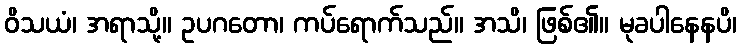
ဝိသယံ၊ အရာသို့။ ဥပဂတော၊ ကပ်ရောက်သည်။ အသိ၊ ဖြစ်၏။ မုခပါနေနပိ၊